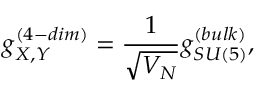
g _ { X , Y } ^ { ( 4 - { d i m } ) } = \frac { 1 } { \sqrt { V _ { N } } } g _ { S U ( 5 ) } ^ { ( b u l k ) } ,